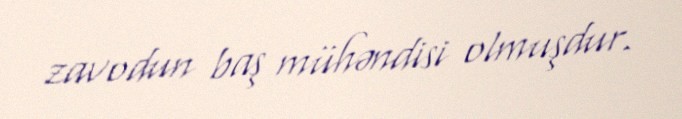
zavodun baş mühəndisi olmuşdur.